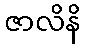
ဇာလိနိ